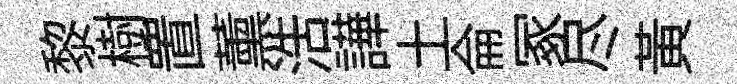
黎樹置薰浩譁土侖冢尽黄